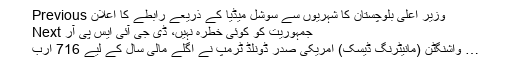
Previous وزیر اعلیٰ بلوچستان کا شہریوں سے سوشل میڈیا کے ذریعے رابطے کا اعلان
Next جمہوریت کو کوئی خطرہ نہیں، ڈی جی آئی ایس پی آر
واشنگٹن (مانیٹرنگ ڈیسک) امریکی صدر ڈونلڈ ٹرمپ نے اگلے مالی سال کے لیے 716 ارب …